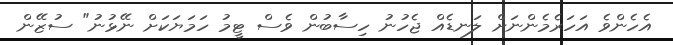
އެހެންވެ އަހަރެމެންނަށް ލަނޑެއް ޖެހުނު ހިސާބުން ވެސް ޓީމު ހަމަޔަކަށް ނޭޅުނު" ސުޒޭން